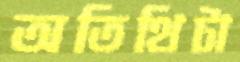
অতিথিটা